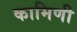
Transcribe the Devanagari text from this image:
कामिणी